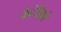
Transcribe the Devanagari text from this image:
फेदेरीक़ो